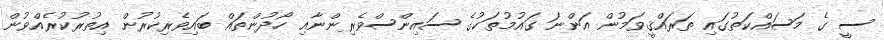
ސީ ގެ މަސައްކަތުގައި ތަރައްޤީވަމުން އަންނަ ގައުމުތަކުގެ ސައިންސްވެރިންނާއި ހޯދުންތައް ބައިވެރިކުރުން އިތުރުކުރެއްވުން